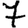
Digit: 7